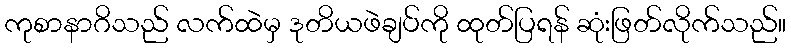
ကုစာနာဂိသည် လက်ထဲမှ ဒုတိယဖဲချပ်ကို ထုတ်ပြရန် ဆုံးဖြတ်လိုက်သည်။